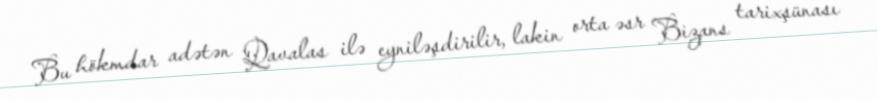
Bu hökmdar adətən Qavalas ilə eyniləşdirilir, lakin orta əsr Bizans tarixşünası